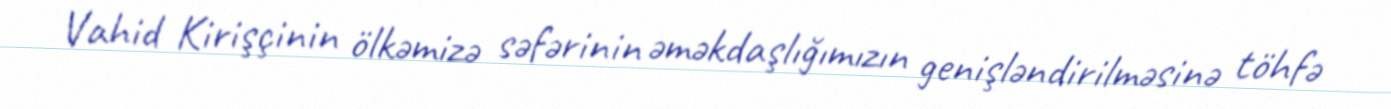
Vahid Kirişçinin ölkəmizə səfərinin əməkdaşlığımızın genişləndirilməsinə töhfə